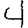
Digit: 4